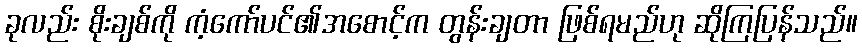
ခုလည်း စိုးချစ်ကို ကံ့ကော်ပင်၏အစောင့်က တွန်းချတာ ဖြစ်ရမည်ဟု ဆိုကြပြန်သည်။